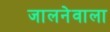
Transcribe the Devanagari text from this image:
जालनेवाला